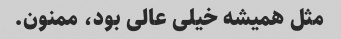
مثل همیشه خیلی عالی بود، ممنون.